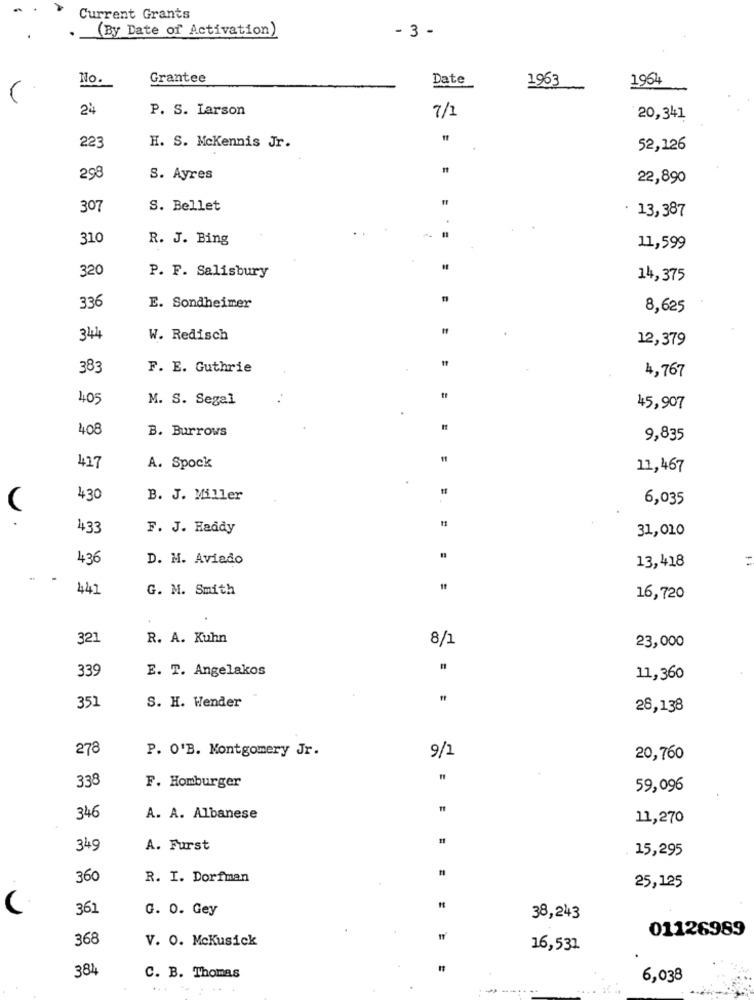
Current Grants
(By Date of Activation)
- 3 -
No.
Grantee
Date
1963
1964
24
P. S. Larson
7/1
20,341
223
H. S. McKennis Jr.
52,126
#
298
S. Ayres
22,890
307
S. Bellet
· 13,387
310
R. J. Bing
11,599
320
P. F. Salisbury
14, 375
336
E. Sondheimer
8,625
344
W. Redisch
12,379
383
F. E. Guthrie
4,767
405
M. S. Segal
45,907
408
B. Burrows
9,835
417
A. Spock
11,467
430
B. J. Miller
6,035
(
433
F. J. Haddy
31,010
436
D. M. Aviado
13,418
441
G. M. Smith
16,720
321
R. A. Kuhn
8/1
23,000
339
E. T. Angelakos
11,360
351
S. H. Wender
26,138
278
P. O'B. Montgomery Jr.
9/1
20,760
338
F. Homburger
59,096
346
A. A. Albanese
11,270
349
A. Furst
15,295
360
R. I. Dorfman
25,125
361
G. 0. Gey
38,243
01126989
368
V. O. McKusick
16,531
384
C. B. Thomas
6,038
--------